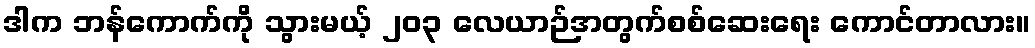
ဒါက ဘန်ကောက်ကို သွားမယ့် ၂၀၃ လေယာဉ်အတွက်စစ်ဆေးရေး ကောင်တာလား။